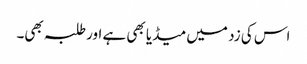
اس کی زد میں میڈیا بھی ہے اور طلبہ بھی۔